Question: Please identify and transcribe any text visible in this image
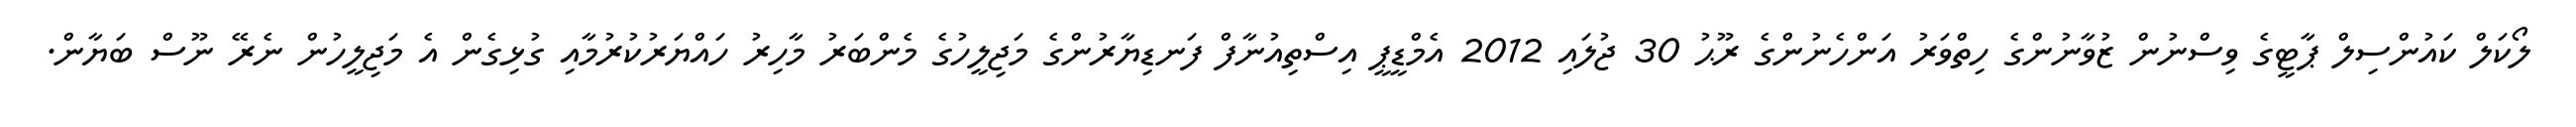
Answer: ލޯކަލް ކައުންސިލް ޕާޓީގެ ވިސްނުން ޒުވާނުންގެ ހިތްވަރު އަންހެނުންގެ ރޫޙު 30 ޖުލައި 2012 އެމްޑީޕީ އިސްތިއުނާފް ފަނޑިޔާރުންގެ މަޖިލީހުގެ މެންބަރު މާހިރު ހައްޔަރުކުރުމާއި ގުޅިގެން އެ މަޖިލީހުން ނެރޭ ނޫސް ބަޔާން.